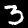
Digit: 3